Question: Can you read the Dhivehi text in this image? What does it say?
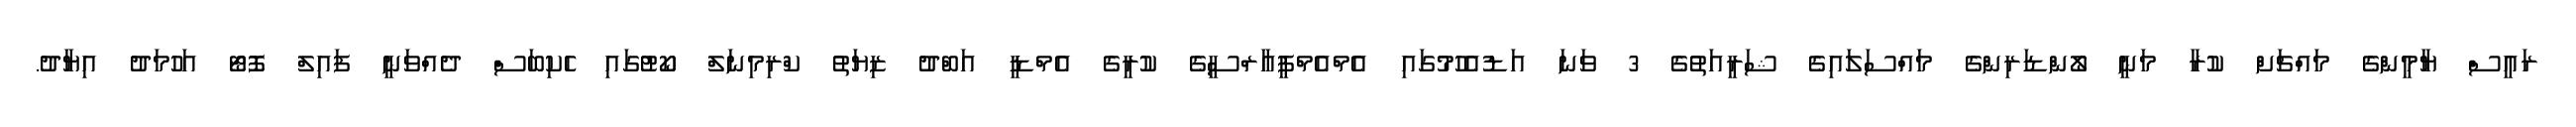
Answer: ރައީސް ޔާމީންގެ މައްޗަށް ކުރާ މަނީ ލޯންޑަރިންގެ މައްސަލައިގެ ޝަރީއަތުގެ 3 ވަނަ އަޑުއެހުމުގައި އެމްއެމްޕީއާރްސީގެ ކުރީގެ އެމްޑީ އަބްދު ޒިޔަތު ކްރިމިނަލް ކޯޓުގައި ހެކިބަސް ދެއްވަނީ ފައިލް ފޮޓޯ އަހުމަދު އިޔާދު.